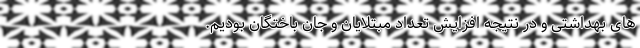
های بهداشتی و در نتیجه افزایش تعداد مبتلایان و جان باختگان بودیم.